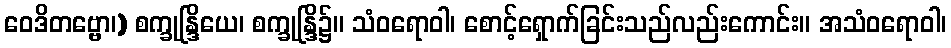
ဝေဒိတဗ္ဗော၊) စက္ခုန္ဒြိယေ၊ စက္ခုန္ဒြိ၌။ သံဝရောဝါ၊ စောင့်ရှောက်ခြင်းသည်လည်းကောင်း။ အသံဝရောဝါ၊